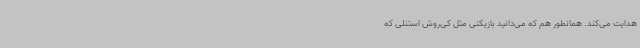
هدایت می‌کند. همانطور هم که می‌دانید بازیکنی مثل کی‌روش استنلی که